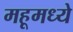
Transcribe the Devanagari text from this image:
महूमध्ये